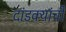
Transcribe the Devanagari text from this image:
दांडक्यांची